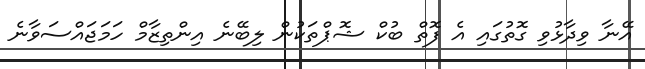
އޭނާ ވިދާޅުވި ގޮތުގައި އެ ފޮތް ބުކް ޝޮޕްތަކުން ލިބޭނެ އިންތިޒާމް ހަމަޖައްސަވާނެ